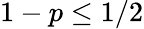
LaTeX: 1-p\leq 1/2